Lunatic asylums Bombay report 1891-1903 - 1891-1903
Year: 1891
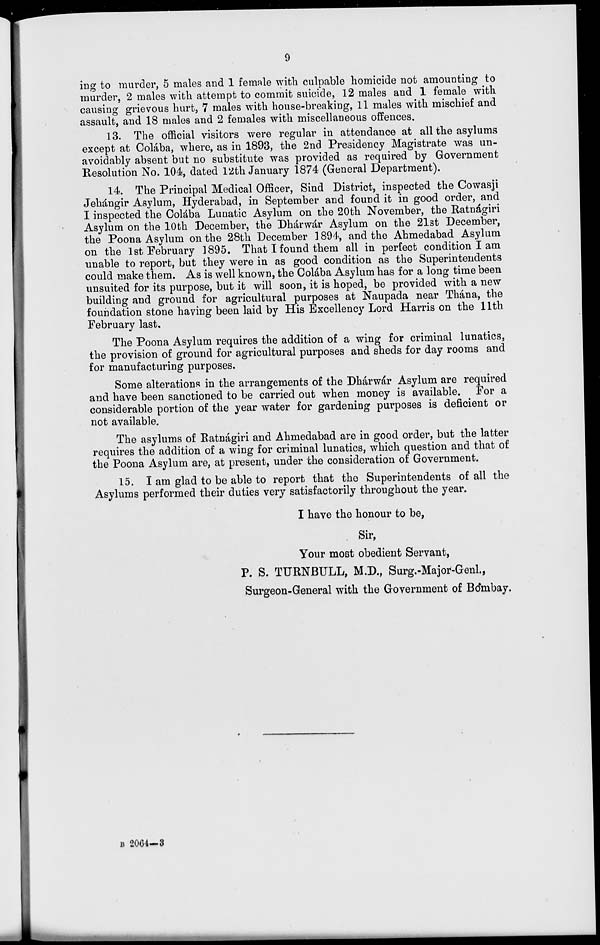
9
ing to murder, 5 males and 1 female with culpable homicide not amounting to
murder, 2 males with attempt to commit suicide, 12 males and 1 female with
causing grievous hurt, 7 males with house-breaking, 11 males with mischief and
assault, and 18 males and 2 females with miscellaneous offences.
13. The official visitors were regular in attendance at all the asylums
except at Colába, where, as in 1893, the 2nd Presidency Magistrate was un-
avoidably absent but no substitute was provided as required by Government
Resolution No. 104, dated 12th January 1874 (General Department).
14. The Principal Medical Officer, Sind District, inspected the Cowasji
Jehángir Asylum, Hyderabad, in September and found it in good order, and
I inspected the Colába Lunatic Asylum on the 20th November, the Ratnágiri
Asylum on the 10th December, the Dhárwár Asylum on the 21st December,
the Poona Asylum on the 28th December 1894, and the Ahmedabad Asylum
on the 1st February 1895. That I found them all in perfect condition I am
unable to report, but they were in as good condition as the Superintendents
could make them. As is well known, the Colába Asylum has for a long time been
unsuited for its purpose, but it will soon, it is hoped, be provided with a new
building and ground for agricultural purposes at Naupada near Thána, the
foundation stone having been laid by His Excellency Lord Harris on the 11th
February last.
The Poona Asylum requires the addition of a wing for criminal lunatics,
the provision of ground for agricultural purposes and sheds for day rooms and
for manufacturing purposes.
Some alterations in the arrangements of the Dhárwár Asylum are required
and have been sanctioned to be carried out when money is available. For a
considerable portion of the year water for gardening purposes is deficient or
not available.
The asylums of Ratnágiri and Ahmedabad are in good order, but the latter
requires the addition of a wing for criminal lunatics, which question and that of
the Poona Asylum are, at present, under the consideration of Government.
15. I am glad to be able to report that the Superintendents of all the
Asylums performed their duties very satisfactorily throughout the year.
I have the honour to be,
Sir,
Your most obedient Servant,
P. S. TURNBULL, M.D., Surg.-Major-Genl.,
Surgeon-General with the Government of Bombay.
B 2064—3